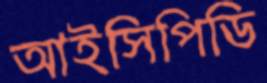
আইসিপিডি